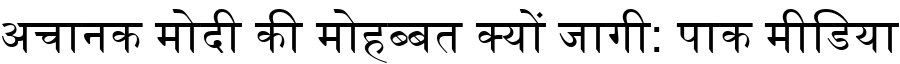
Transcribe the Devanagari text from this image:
अचानक मोदी की मोहब्बत क्यों जागी: पाक मीडिया